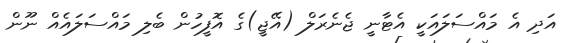
އަދި އެ މައްސަލައަކީ އެޓާނީ ޖެނެރަލް (އޭޖީ)ގެ އޮފީހުން ބެލި މައްސަލައެއް ނޫން